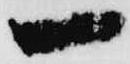
一